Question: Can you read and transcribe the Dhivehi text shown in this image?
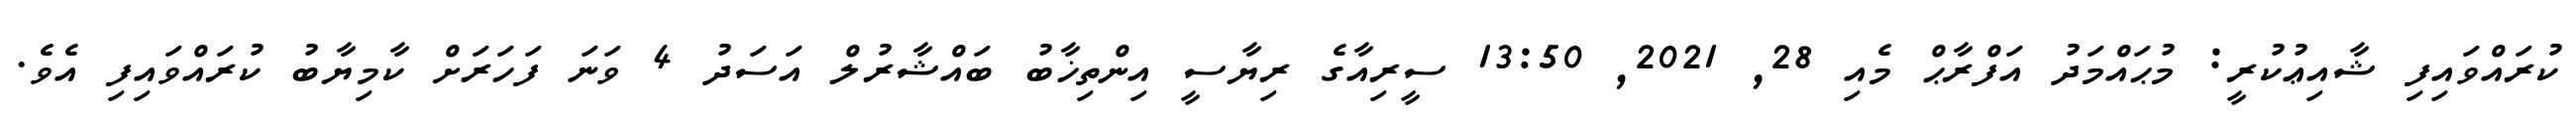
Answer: ކުރައްވައިފި ޝާއިޢުކުރީ: މުޙައްމަދު އަފްރާޙް މެއި 28, 2021, 13:50 ސީރިއާގެ ރިޔާސީ އިންތިޚާބު ބައްޝާރުލް އަސަދު 4 ވަނަ ފަހަރަށް ކާމިޔާބު ކުރައްވައިފި އެވެ.